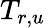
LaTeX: T_{r,u}